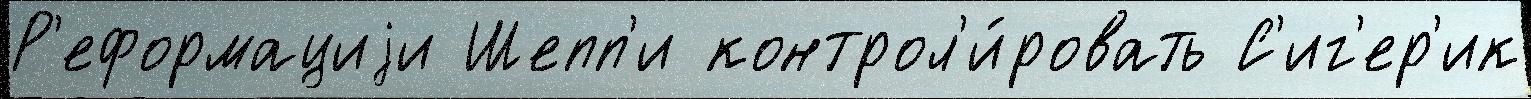
Р'еформациjи Шепп'и контрол'и́ровать С'иг'ер'ик